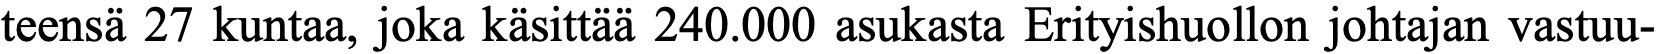
teensä 27 kuntaa, joka käsittää 240.000 asukasta Erityishuollon johtajan vastuu-